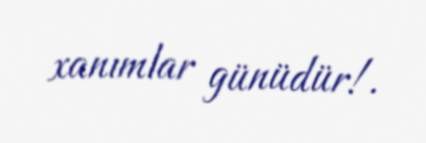
xanımlar günüdür!.